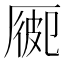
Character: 𠪍